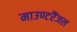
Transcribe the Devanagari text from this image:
माउण्टरैंजल